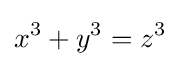
x^{3}+y^{3}=z^{3}